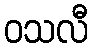
ဝသလီ